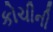
કોચીની